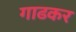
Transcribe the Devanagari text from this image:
गाढकर